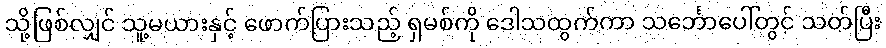
သို့ဖြစ်လျှင် သူ့မယားနှင့် ဖောက်ပြားသည့် ရှမစ်ကို ဒေါသထွက်ကာ သင်္ဘောပေါ်တွင် သတ်ပြီး